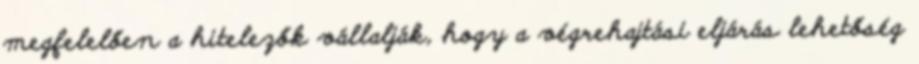
megfelelően a hitelezők vállalják, hogy a végrehajtási eljárás lehetőség